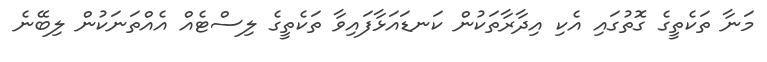
މަނާ ތަކެތީގެ ގޮތުގައި އެކި އިދާރާތަކުން ކަނޑައަޅާފައިވާ ތަކެތީގެ ލިސްޓެއް އެއްތަނަކުން ލިބޭނެ